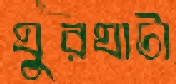
ঘুরঘাটা